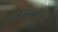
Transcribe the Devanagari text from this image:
नाथसाहेबांचे